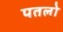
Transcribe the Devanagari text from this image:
पतलो